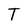
Character: T